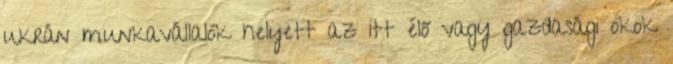
ukrán munkavállalók helyett az itt élő vagy gazdasági okok